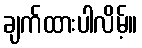
ချက်ထားပါလိမ့်။